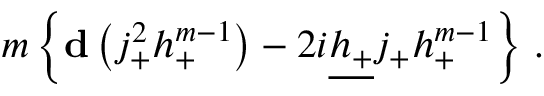
m \left\{ { \bf d } \left( j _ { + } ^ { 2 } h _ { + } ^ { m - 1 } \right) - 2 i \underline { { { h _ { + } } } } j _ { + } h _ { + } ^ { m - 1 } \right\} \, .